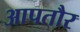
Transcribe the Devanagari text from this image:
आपतौर